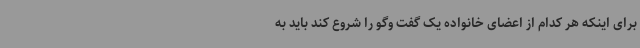
برای اینکه هر کدام از اعضای خانواده یک گفت وگو را شروع کند باید به